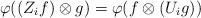
LaTeX: \begin{align*}\varphi((Z_i f)\otimes g)=\varphi(f\otimes (U_i g)) \end{align*}